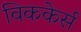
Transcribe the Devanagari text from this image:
विककेर्स